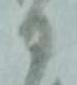
日